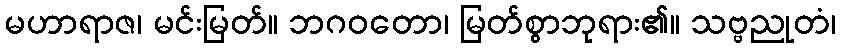
မဟာရာဇ၊ မင်းမြတ်။ ဘဂဝတော၊ မြတ်စွာဘုရား၏။ သဗ္ဗညုတံ၊